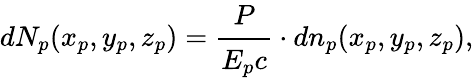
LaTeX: dN_{p}(x_{p},y_{p},z_{p})=\cfrac{P}{E_{p}c}\cdot dn_{p}(x_{p},y_{p},z_{p}),